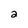
Character: 2